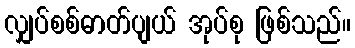
လျှပ်စစ်ဓာတ်ပျယ် အုပ်စု ဖြစ်သည်။